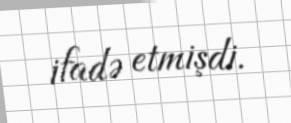
ifadə etmişdi.